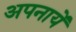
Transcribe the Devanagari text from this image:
अपनायें